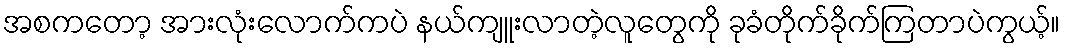
အစကတော့ အားလုံးလောက်ကပဲ နယ်ကျူးလာတဲ့လူတွေကို ခုခံတိုက်ခိုက်ကြတာပဲကွယ့်။